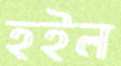
হইল